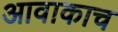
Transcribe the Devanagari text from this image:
आवाकाच